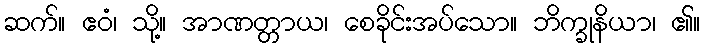
ဆက်။ ဧဝံ၊ သို့။ အာဏတ္တာယ၊ စေခိုင်းအပ်သော။ ဘိက္ခုနိယာ၊ ၏။